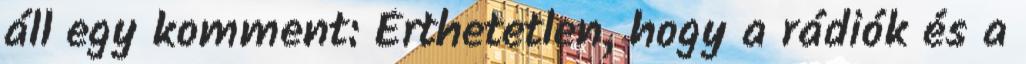
áll egy komment: Érthetetlen, hogy a rádiók és a